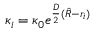
\kappa _ { i } = \kappa _ { 0 } e ^ { \frac { D } { 2 } ( \hat { R } - r _ { i } ) }